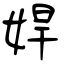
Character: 娨